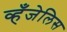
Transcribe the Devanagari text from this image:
व्हँजेलिस